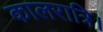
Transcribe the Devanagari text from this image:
कालरात्रि।